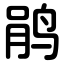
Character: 鹃